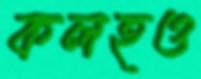
কলহও